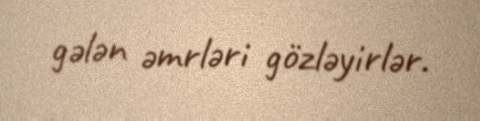
gələn əmrləri gözləyirlər.